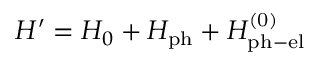
H ^ { \prime } = H _ { 0 } + H _ { \mathrm { p h } } + H _ { \mathrm { p h - e l } } ^ { \mathrm { ( 0 ) } }